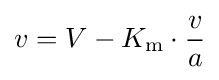
v=V-K_{\mathrm {m} }\cdot {v \over a}